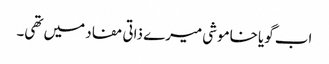
اب گویا خاموشی میرے ذاتی مفاد میں تھی۔